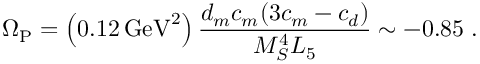
\Omega _ { \mathrm { P } } = \left( 0 . 1 2 \, \mathrm { G e V } ^ { 2 } \right) { \frac { d _ { m } c _ { m } ( 3 c _ { m } - c _ { d } ) } { M _ { S } ^ { 4 } L _ { 5 } } } \sim - 0 . 8 5 \; .